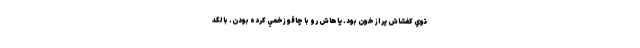
توي كفشاش پر از خون بود. پاهاش رو با چاقو زخمي كرده بودن. با لگد